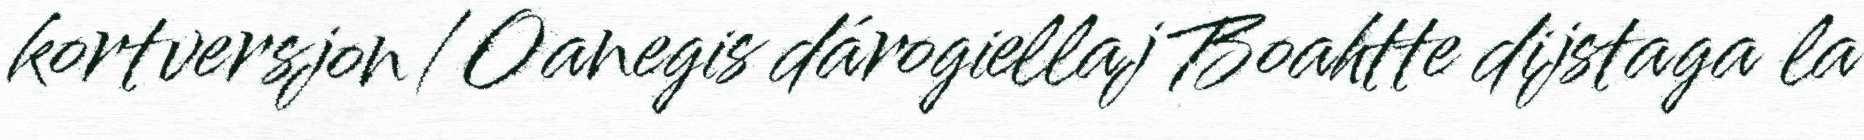
kortversjon/Oanegis dárogiellaj Boahtte dijstaga la